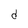
Character: d